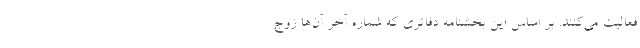
فعالیت می‌کنند. بر اساس این بخشنامه دفاتری که شماره آخر آن‌ها زوج